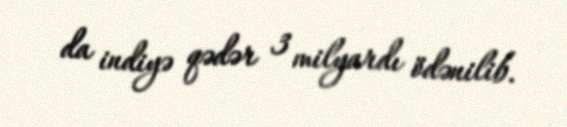
da indiyə qədər 3 milyardı ödənilib.